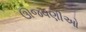
ઊજવણીઓ